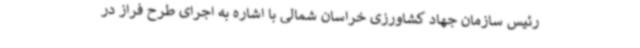
رئیس سازمان جهاد کشاورزی خراسان شمالی با اشاره به اجرای طرح فراز در